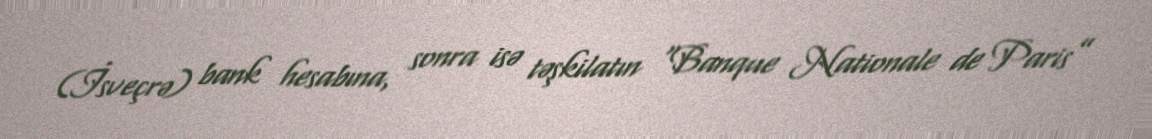
(İsveçrə) bank hesabına, sonra isə təşkilatın “Banque Nationale de Paris”